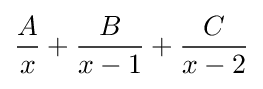
{\frac {A}{x}}+{\frac {B}{x-1}}+{\frac {C}{x-2}}